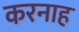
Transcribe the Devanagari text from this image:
करनाह